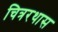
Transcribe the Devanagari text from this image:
चित्ररथास